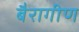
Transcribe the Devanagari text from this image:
बैरागीण